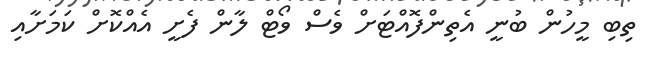
ތިބި މީހުން ބުނީ އެތިންފޮއްޓަށް ވެސް ވޯޓް ލާން ފެށީ އެއްކޮށް ކަމަށާއި